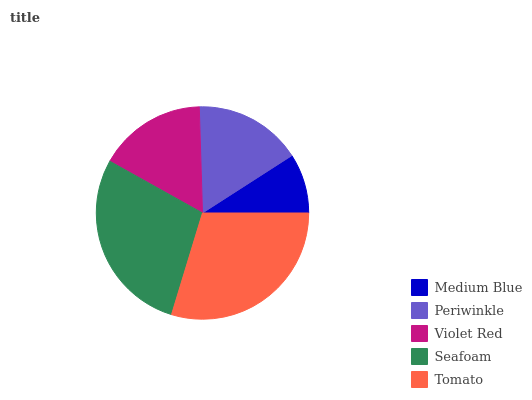
| Medium Blue | Periwinkle | Violet Red | Seafoam | Tomato |
 | --- | --- | --- | --- | --- |
 | 9.09% | 16.4% | 16.4% | 28.3% | 29.8% |